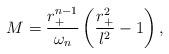
LaTeX: \begin{align*}M =\frac{r_+^{n-1}}{\omega_n}\left (\frac{r_+^2}{l^2}-1\right ),\end{align*}